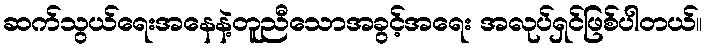
ဆက်သွယ်ရေးအနေနဲ့တူညီသောအခွင့်အရေး အလုပ်ရှင်ဖြစ်ပါတယ်။